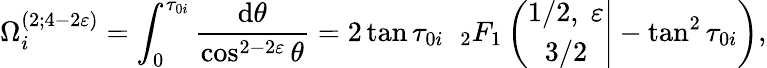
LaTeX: \Omega_{i}^{(2;4-2\varepsilon)}=\int_{0}^{\tau_{0i}}\frac{\mathrm{d}\theta}{\cos^{2-2\varepsilon}\theta}=2\tan\tau_{0i}\; \; _{2}F_{1}\left(\left.\begin{array}{c}{{1/2,\; \varepsilon}}\\ {{3/2}}\end{array}\right|-\tan^{2}\tau_{0i}\right),